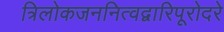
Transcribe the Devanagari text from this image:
त्रिलोकजननित्वद्वारिपूरोदरे